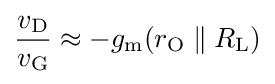
{\frac {v_{\mathrm {D} }}{v_{\mathrm {G} }}}\approx -g_{\mathrm {m} }(r_{\mathrm {O} }\parallel R_{\mathrm {L} })